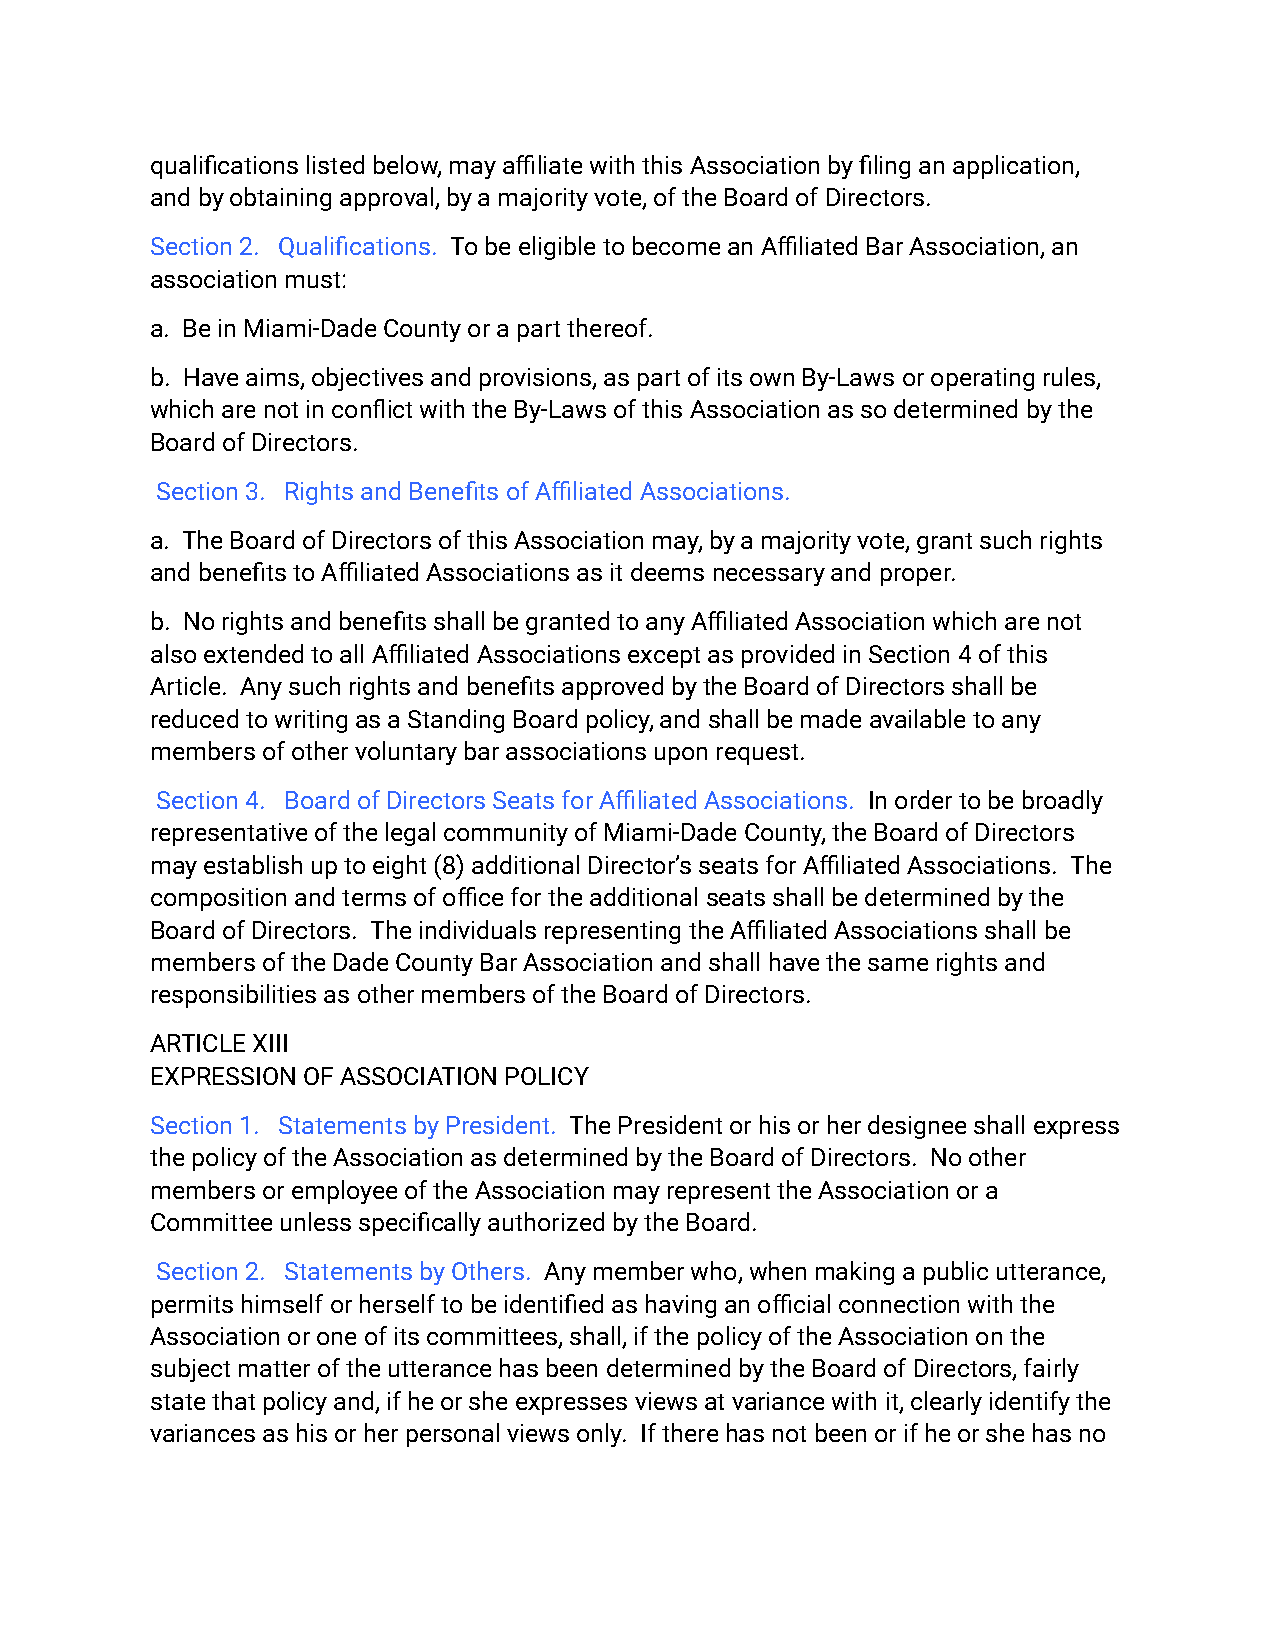
qualifications listed below, may affiliate with this Association by filing an application,
 and by obtaining approval, by a majority vote, ofthe Board of Directors.
 Section 2. Qualifications. To be eligible to becomean Affiliated Bar Association, an
 association must:
 a. Be in Miami-Dade County or a part thereof.
 b. Have aims, objectives and provisions, as partof its own By‑Laws or operating rules,
 which are not in conflict with the By‑Laws of thisAssociation as so determined by the
 Board of Directors.
 Section 3. Rights and Benefits of Affiliated Associations.
 a. The Board of Directors of this Association may, by a majority vote, grant such rights
 and benefits to Affiliated Associations as it deemsnecessary and proper.
 b. No rights and benefits shall be granted to anyAffiliated Association which are not
 also extended to all Affiliated Associations exceptas provided in Section 4 of this
 Article. Any such rights and benefits approved bythe Board of Directors shall be
 reduced to writing as a Standing Board policy, andshall be made available to any
 members of other voluntary bar associations upon request.
 Section 4. Board of Directors Seats for AffiliatedAssociations. In order to be broadly
 representative of the legal community of Miami-DadeCounty, the Board of Directors
 may establish up to eight (8) additional Director’sseats for Affiliated Associations. The
 composition and terms of office for the additionalseats shall be determined by the
 Board of Directors. The individuals representing the Affiliated Associations shall be
 members of the Dade County Bar Association and shallhave the same rights and
 responsibilities as other members of the Board ofDirectors.
 ARTICLE XIII
 EXPRESSION OF ASSOCIATION POLICY
 Section 1. Statements by President. The Presidentor his or her designee shall express
 the policy of the Association as determined by theBoard of Directors. No other
 members or employee of the Association may representthe Association or a
 Committee unless specifically authorized by the Board.
 Section 2. Statements by Others. Any member who,when making a public utterance,
 permits himself or herself to be identified as havingan official connection with the
 Association or one of its committees, shall, if thepolicy of the Association on the
 subject matter of the utterance has been determinedby the Board of Directors, fairly
 state that policy and, if he or she expresses viewsat variance with it, clearly identify the
 variances as his or her personal views only. If therehas not been or if he or she has no